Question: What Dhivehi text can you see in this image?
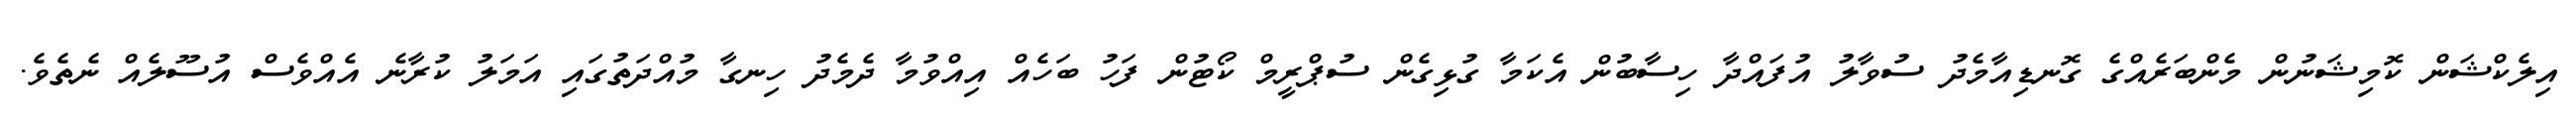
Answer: އިލެކްޝަން ކޮމިޝަނުން މެންބަރެއްގެ ގޮނޑިއާމެދު ސުވާލު އުފައްދާ ހިސާބުން އެކަމާ ގުޅިގެން ސުޕްރީމް ކޯޓުން ފަހު ބަހެއް އިއްވުމާ ދެމެދު ހިނގާ މުއްދަތުގައި އަމަލު ކުރާނެ އެއްވެސް އުސޫލެއް ނެތެވެ.